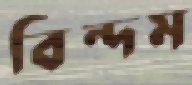
বিন্দম